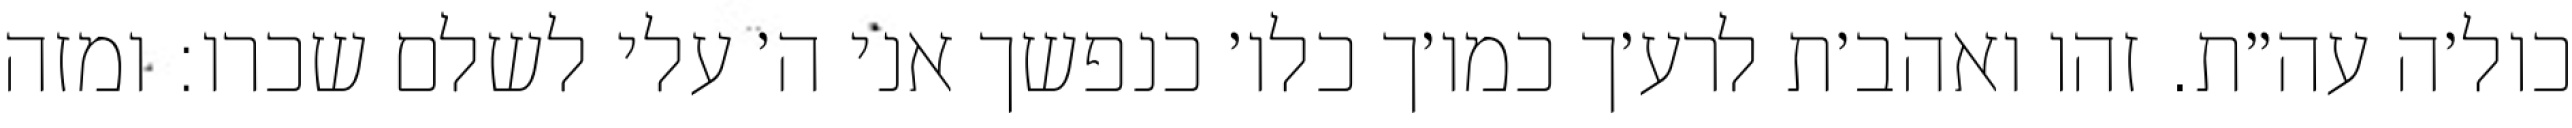
כול׳ה עה״ת. זהו ואהב׳ת לרע׳ך כמו׳ך כלו׳ כנפשך אני ה׳ עלי לשלם שכרו: ומזה